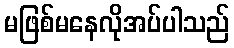
မဖြစ်မနေလိုအပ်ပါသည်